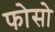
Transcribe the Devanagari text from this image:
फोसो